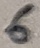
Text: 6